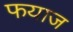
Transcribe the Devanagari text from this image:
फयाज